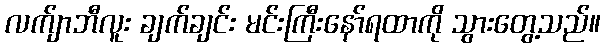
လက်ျာဘီလူး ချက်ချင်း မင်းကြီးနော်ရထာကို သွားတွေ့သည်။